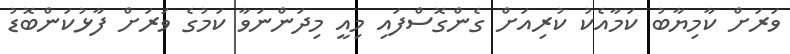
ވަރަށް ކާމިޔާބު ކަމާއެކު ކުރިއަށް ގެންގޮސްފައި މިއީ މިދަންނަވާ ކަމުގެ ވަރަށް ފާޅުކަންބޮޑު